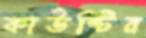
কাউন্টির